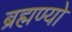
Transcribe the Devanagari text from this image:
ब्रह्मण्यो